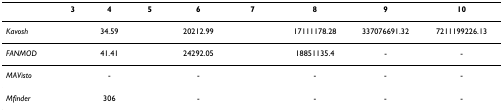
<table><thead><tr><td>[EMPTY_CELL]</td><td><b>3</b></td><td><b>4</b></td><td><b>5</b></td><td><b>6</b></td><td><b>7</b></td><td><b>8</b></td><td><b>9</b></td><td><b>10</b></td></tr></thead><tbody><tr><td><i>Kavosh</i></td><td>[EMPTY_CELL]</td><td>34.59</td><td>[EMPTY_CELL]</td><td>20212.99</td><td>[EMPTY_CELL]</td><td>17111178.28</td><td>337076691.32</td><td>7211199226.13</td></tr><tr><td><i>FANMOD</i></td><td>[EMPTY_CELL]</td><td>41.41</td><td>[EMPTY_CELL]</td><td>24292.05</td><td>[EMPTY_CELL]</td><td>18851135.4</td><td>-</td><td>-</td></tr><tr><td><i>MAVisto</i></td><td>[EMPTY_CELL]</td><td>-</td><td>[EMPTY_CELL]</td><td>-</td><td>[EMPTY_CELL]</td><td>-</td><td>-</td><td>-</td></tr><tr><td><i>Mfinder</i></td><td>[EMPTY_CELL]</td><td>306</td><td>[EMPTY_CELL]</td><td>-</td><td>[EMPTY_CELL]</td><td>-</td><td>-</td><td>-</td></tr></tbody></table>